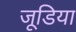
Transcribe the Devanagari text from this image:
जूडिया